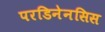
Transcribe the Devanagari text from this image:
परडिनेनसिस